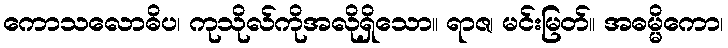
ကောသလောဓိပ၊ ကုသိုလ်ကိုအလိုရှိသော။ ရာဇ၊ မင်းမြတ်။ အဓမ္မိကော၊